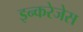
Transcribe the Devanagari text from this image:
इन्करेजेस